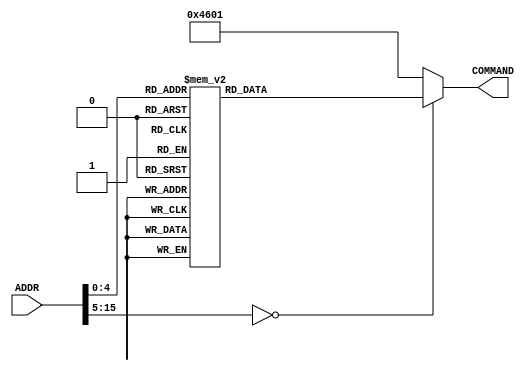
module ROM(
	input [15:0] ADDR,
	output reg [15:0] COMMAND
);

always @* begin
	case(ADDR)
		16'd0: COMMAND <= 16'b01011100_0000_0000;
		16'd1: COMMAND <= 16'b1000_0000_11001001;
		16'd2: COMMAND <= 16'b01100010_0100_0000;
		16'd3: COMMAND <= 16'b01011100_1000_1000;
		16'd4: COMMAND <= 16'b01011100_1100_1100;
		16'd5: COMMAND <= 16'b01011100_1101_1101;
		16'd6: COMMAND <= 16'b1000_1100_00000000;
		16'd7: COMMAND <= 16'b1000_1101_00001111;
		16'd8: COMMAND <= 16'b01010010_0100_0000;
		16'd9: COMMAND <= 16'b01000110_0000_0001;
		16'd10: COMMAND <= 16'b01011100_1100_1100;
		16'd11: COMMAND <= 16'b01011100_1101_1101;
		16'd12: COMMAND <= 16'b1000_1100_00000000;
		16'd13: COMMAND <= 16'b1000_1101_00001001;
		16'd14: COMMAND <= 16'b00010000_0000_0000;
		16'd15: COMMAND <= 16'b01000011_1000_1000;
		16'd16: COMMAND <= 16'b1000_1000_00000001;
		16'd17: COMMAND <= 16'b01000011_1100_1100;
		16'd18: COMMAND <= 16'b1000_1000_00000001;
		16'd19: COMMAND <= 16'b01000011_1101_1101;
		16'd20: COMMAND <= 16'b1000_0001_00000001;
		16'd21: COMMAND <= 16'b01000110_0000_0001;
		16'd22: COMMAND <= 16'b01000111_1101_1000;
		16'd23: COMMAND <= 16'b1001_1000_00000001;
		16'd24: COMMAND <= 16'b01000111_1100_1000;
		16'd25: COMMAND <= 16'b1001_1000_00000001;
		16'd26: COMMAND <= 16'b01000111_1000_1000;
		16'd27: COMMAND <= 16'b00010000_0010_0000;
		default: COMMAND <= 16'b01000110_0000_0001;
	 endcase
end
	
endmodule